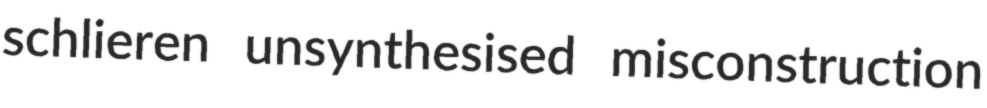
schlieren unsynthesised misconstruction